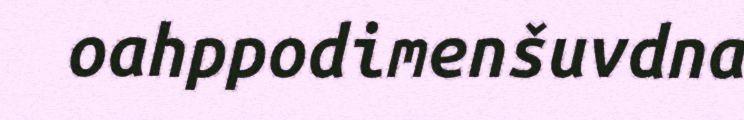
oahppodimenšuvdna